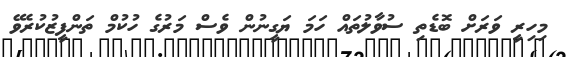
މިހިރީ ވަރަށް ބޮޑެތި ސުވާލުތައް ހަމަ ޔަގީނުން ވެސް މަރުގެ ހުކުމް ތަންފީޒުކުރެވޭ